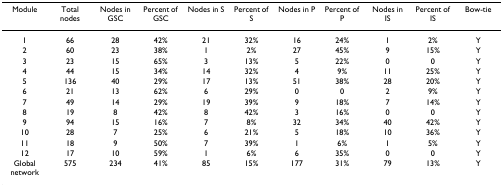
<table><thead><tr><td><b>Module</b></td><td><b>Total nodes</b></td><td><b>Nodes in GSC</b></td><td><b>Percent of GSC</b></td><td><b>Nodes in S</b></td><td><b>Percent of S</b></td><td><b>Nodes in P</b></td><td><b>Percent of P</b></td><td><b>Nodes in IS</b></td><td><b>Percent of IS</b></td><td><b>Bow-tie</b></td></tr></thead><tbody><tr><td>1</td><td>66</td><td>28</td><td>42%</td><td>21</td><td>32%</td><td>16</td><td>24%</td><td>1</td><td>2%</td><td>Y</td></tr><tr><td>2</td><td>60</td><td>23</td><td>38%</td><td>1</td><td>2%</td><td>27</td><td>45%</td><td>9</td><td>15%</td><td>Y</td></tr><tr><td>3</td><td>23</td><td>15</td><td>65%</td><td>3</td><td>13%</td><td>5</td><td>22%</td><td>0</td><td>0</td><td>Y</td></tr><tr><td>4</td><td>44</td><td>15</td><td>34%</td><td>14</td><td>32%</td><td>4</td><td>9%</td><td>11</td><td>25%</td><td>Y</td></tr><tr><td>5</td><td>136</td><td>40</td><td>29%</td><td>17</td><td>13%</td><td>51</td><td>38%</td><td>28</td><td>20%</td><td>Y</td></tr><tr><td>6</td><td>21</td><td>13</td><td>62%</td><td>6</td><td>29%</td><td>0</td><td>0</td><td>2</td><td>9%</td><td>Y</td></tr><tr><td>7</td><td>49</td><td>14</td><td>29%</td><td>19</td><td>39%</td><td>9</td><td>18%</td><td>7</td><td>14%</td><td>Y</td></tr><tr><td>8</td><td>19</td><td>8</td><td>42%</td><td>8</td><td>42%</td><td>3</td><td>16%</td><td>0</td><td>0</td><td>Y</td></tr><tr><td>9</td><td>94</td><td>15</td><td>16%</td><td>7</td><td>8%</td><td>32</td><td>34%</td><td>40</td><td>42%</td><td>Y</td></tr><tr><td>10</td><td>28</td><td>7</td><td>25%</td><td>6</td><td>21%</td><td>5</td><td>18%</td><td>10</td><td>36%</td><td>Y</td></tr><tr><td>11</td><td>18</td><td>9</td><td>50%</td><td>7</td><td>39%</td><td>1</td><td>6%</td><td>1</td><td>5%</td><td>Y</td></tr><tr><td>12</td><td>17</td><td>10</td><td>59%</td><td>1</td><td>6%</td><td>6</td><td>35%</td><td>0</td><td>0</td><td>Y</td></tr><tr><td>Global network</td><td>575</td><td>234</td><td>41%</td><td>85</td><td>15%</td><td>177</td><td>31%</td><td>79</td><td>13%</td><td>Y</td></tr></tbody></table>